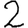
Digit: 2